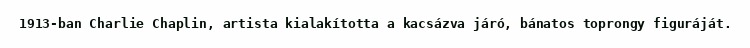
1913-ban Charlie Chaplin, artista kialakította a kacsázva járó, bánatos toprongy figuráját.